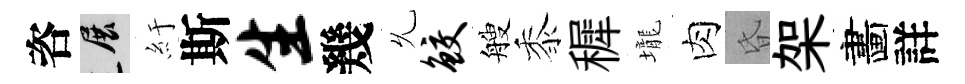
咨展紆斯生幾𠃔鲛艘黍穉壠肉昏架畵詳